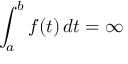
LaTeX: \int _ { a } ^ { b } f ( t ) \, d t = \infty